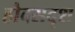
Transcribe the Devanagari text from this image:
हौदसदृश